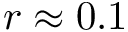
r \approx 0 . 1